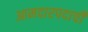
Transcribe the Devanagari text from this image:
आमदारपदाची